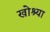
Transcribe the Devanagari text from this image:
खोश्या